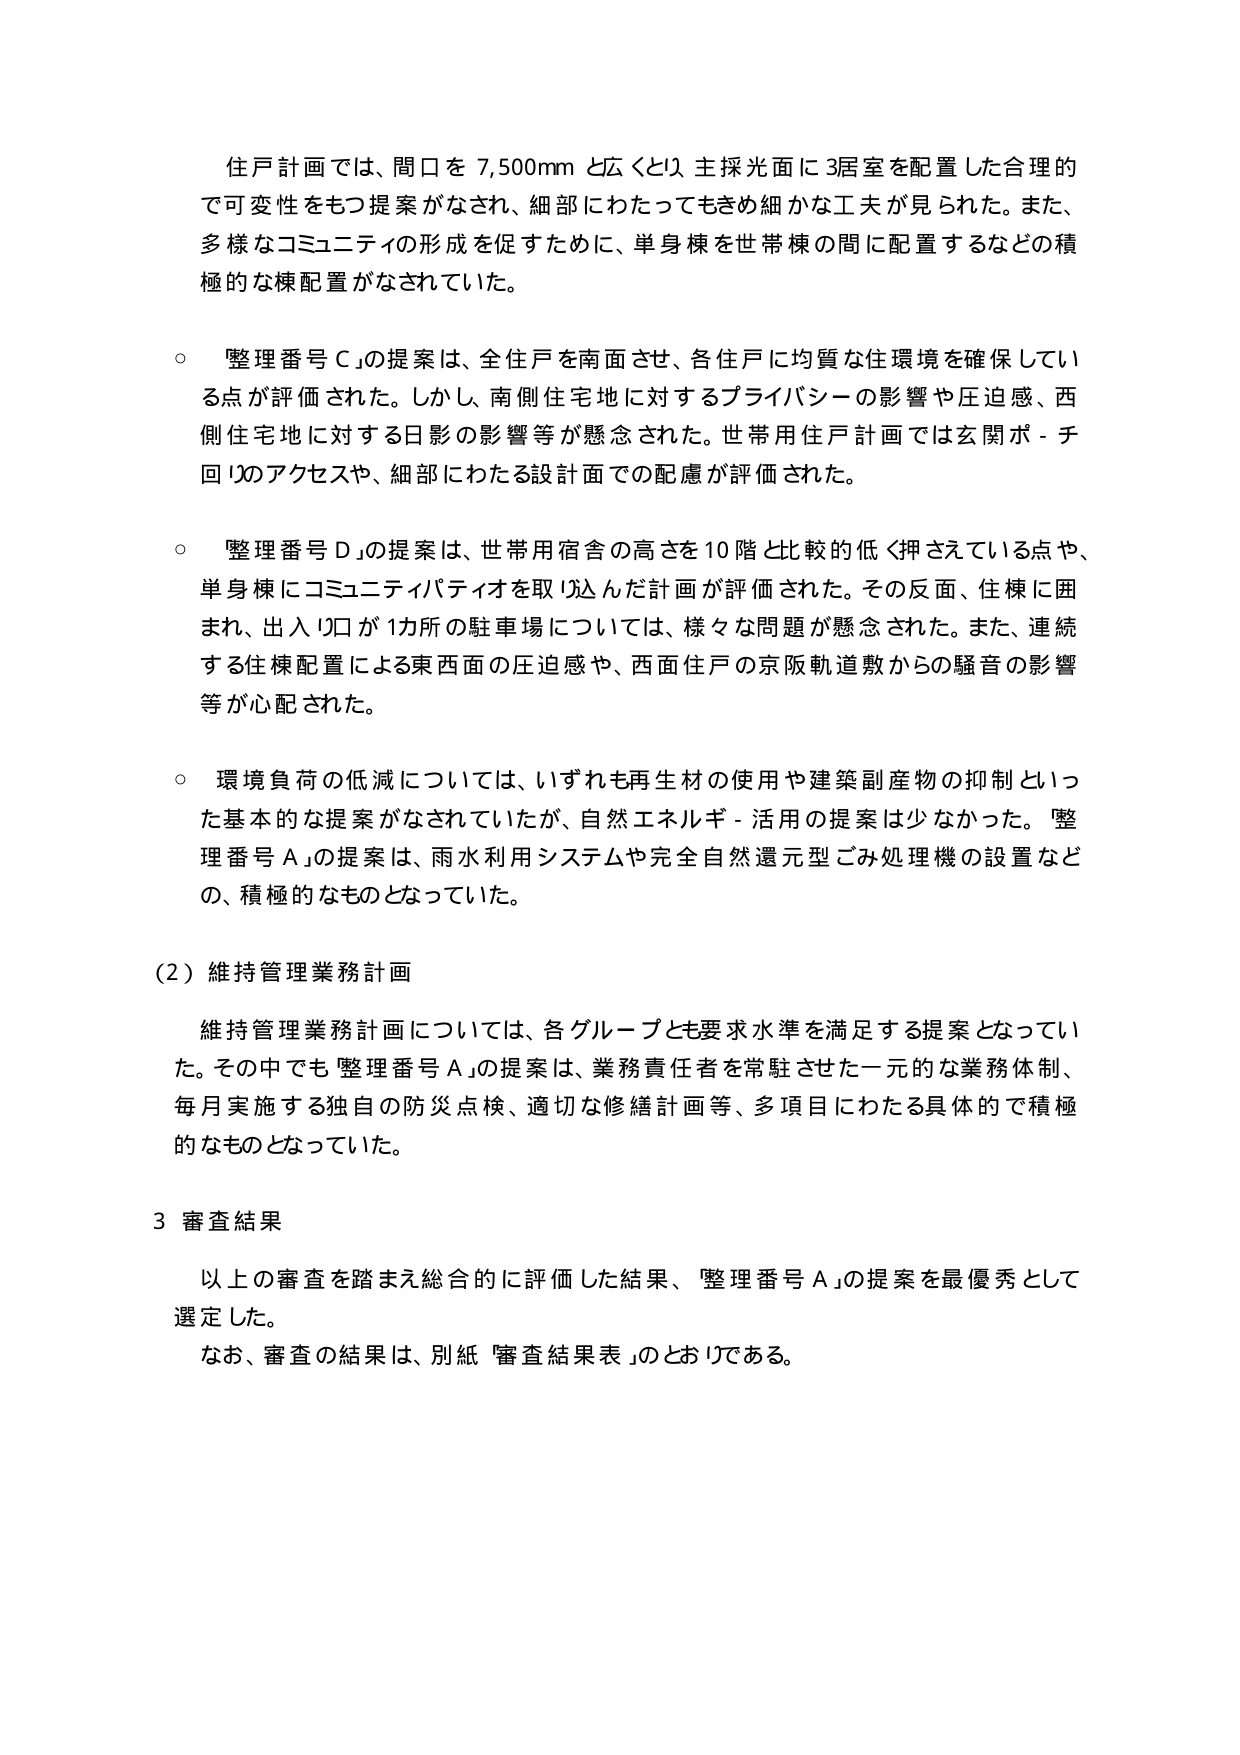
住戸計画では、間口を 7,500mm と広くとり、主採光面に3居室を配置した合理的で可変性をもつ提案がなされ、細部にわたってもきめ細かな工夫が見られた。また、多様なコミュニティの形成を促すために、単身棟を世帯棟の間に配置するなどの積極的な棟配置がなされていた。

○ 「整理番号Ｃ」の提案は、全住戸を南面させ、各住戸に均質な住環境を確保している点が評価された。しかし、南側住宅地に対するプライバシーの影響や圧迫感、西側住宅地に対する日影の影響等が懸念された。世帯用住戸計画では玄関ポーチ回りのアクセスや、細部にわたる設計面での配慮が評価された。

○ 「整理番号Ｄ」の提案は、世帯用宿舎の高さを10階と比較的低く押さえている点や、単身棟にコミュニティパティオを取り込んだ計画が評価された。その反面、住棟に囲まれ、出入り口が1カ所の駐車場については、様々な問題が懸念された。また、連続する住棟配置による東西面の圧迫感や、西面住戸の京阪軌道敷からの騒音の影響等が心配された。

○ 環境負荷の低減については、いずれも再生材の使用や建築副産物の抑制といった基本的な提案がなされていたが、自然エネルギー・活用の提案は少なかった。「整理番号Ａ」の提案は、雨水利用システムや完全自然還元型ごみ処理機の設置などの、積極的なものとなっていた。

（2）維持管理業務計画

維持管理業務計画については、各グループとも要求水準を満足する提案となっていた。その中でも「整理番号Ａ」の提案は、業務責任者を常駐させた一元的な業務体制、毎月実施する独自の防災点検、適切な修繕計画等、多項目にわたる具体的で積極的なものとなっていた。

3 審査結果

以上の審査を踏まえ総合的に評価した結果、「整理番号Ａ」の提案を最優秀として選定した。
なお、審査の結果は、別紙「審査結果表」のとおりである。